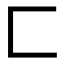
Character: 匚